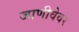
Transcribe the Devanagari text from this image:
जाणीवेवर